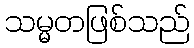
သမ္မတဖြစ်သည်